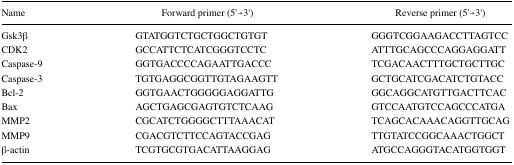
<table><thead><tr><td><b>Name</b></td><td><b>Forward primer (5′→3′)</b></td><td><b>Reverse primer (5′→3′)</b></td></tr></thead><tbody><tr><td>Gsk3β</td><td>GTATGGTCTGCTGGCTGTGT</td><td>GGGTCGGAAGACCTTAGTCC</td></tr><tr><td>CDK2</td><td>GCCATTCTCATCGGGTCCTC</td><td>ATTTGCAGCCCAGGAGGATT</td></tr><tr><td>Caspase-9</td><td>GGTGACCCCAGAATTGACCC</td><td>TCGACAACTTTGCTGCTTGC</td></tr><tr><td>Caspase-3</td><td>TGTGAGGCGGTTGTAGAAGTT</td><td>GCTGCATCGACATCTGTACC</td></tr><tr><td>Bcl-2</td><td>GGTGAACTGGGGGAGGATTG</td><td>GGCAGGCATGTTGACTTCAC</td></tr><tr><td>Bax</td><td>AGCTGAGCGAGTGTCTCAAG</td><td>GTCCAATGTCCAGCCCATGA</td></tr><tr><td>MMP2</td><td>CGCATCTGGGGCTTTAAACAT</td><td>TCAGCACAAACAGGTTGCAG</td></tr><tr><td>MMP9</td><td>CGACGTCTTCCAGTACCGAG</td><td>TTGTATCCGGCAAACTGGCT</td></tr><tr><td>β-actin</td><td>TCGTGCGTGACATTAAGGAG</td><td>ATGCCAGGGTACATGGTGGT</td></tr></tbody></table>